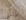
بإنني